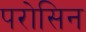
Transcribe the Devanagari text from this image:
परोसिन